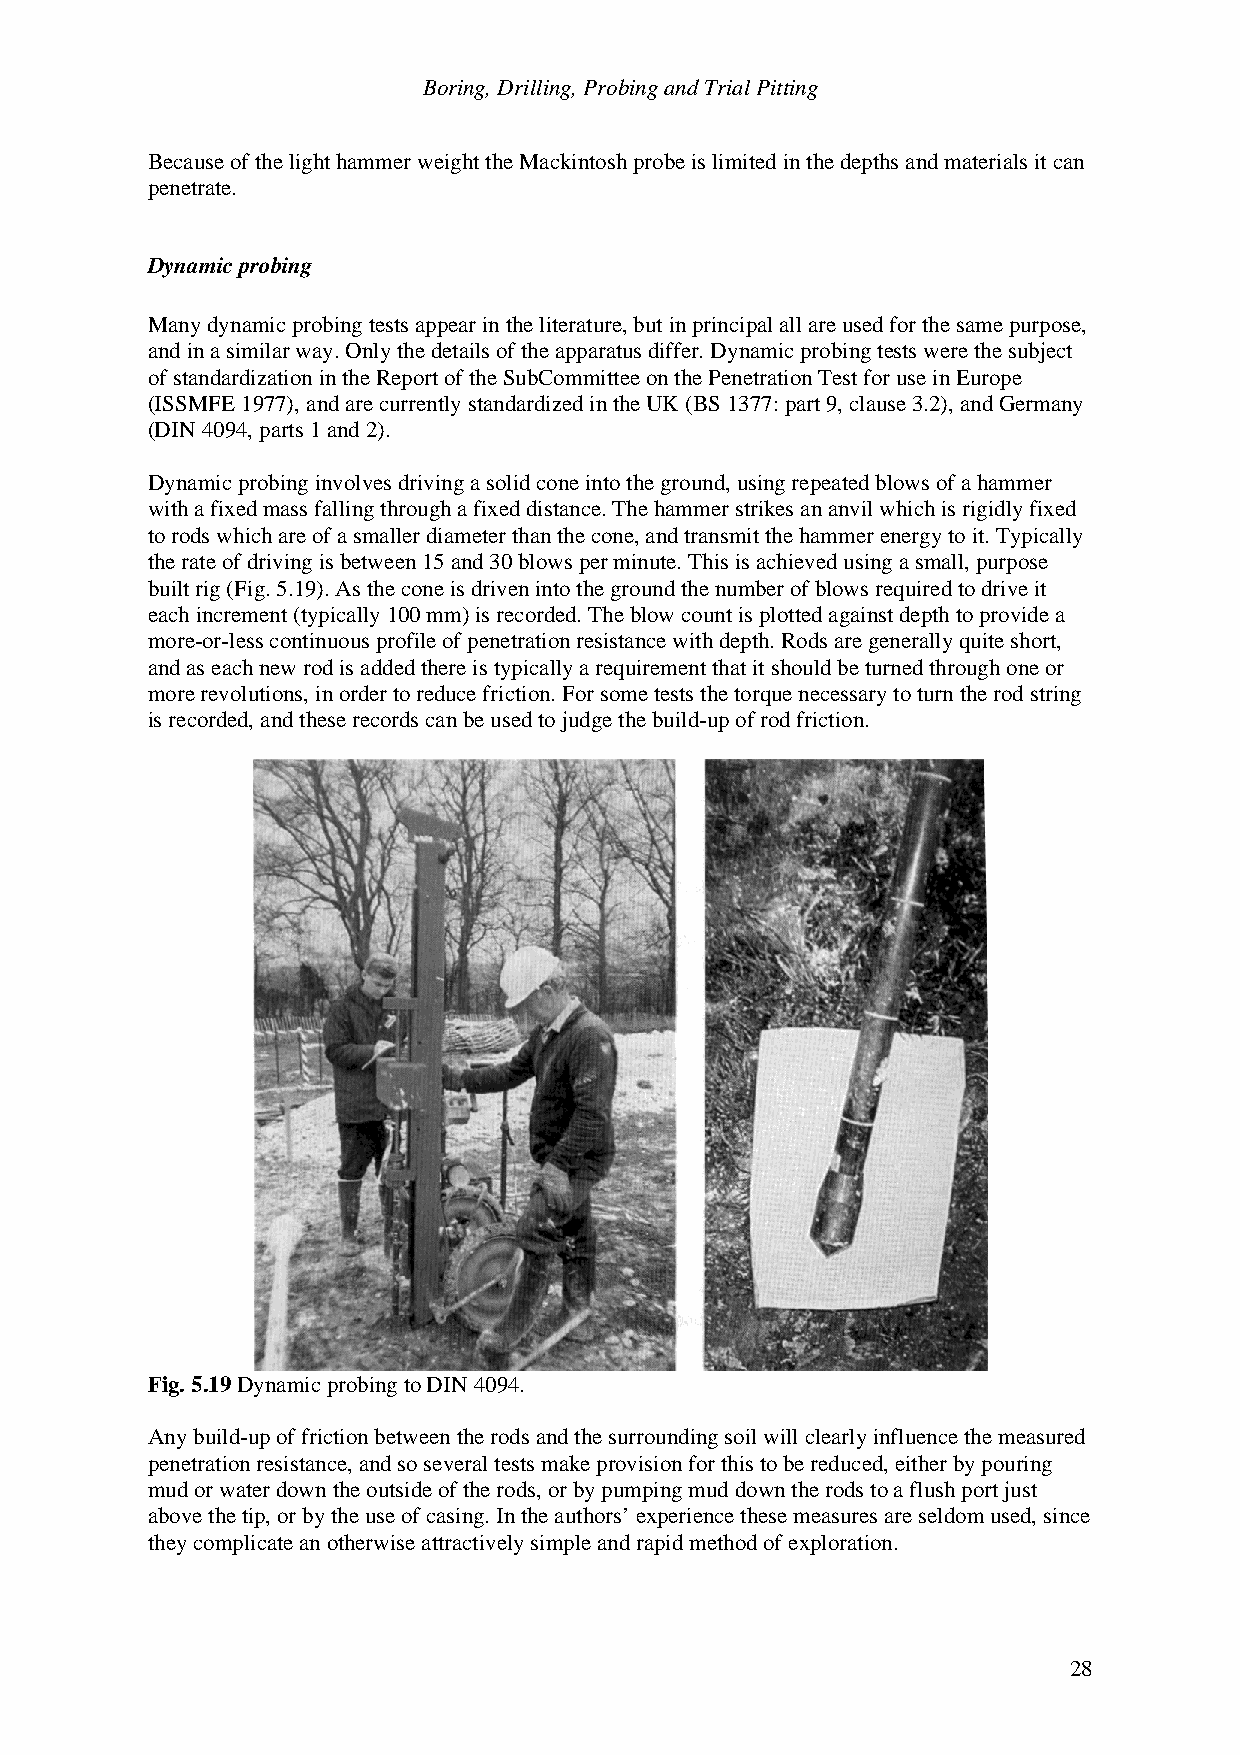
Boring, Drilling, Probing and Trial Pitting
 Because of the light hammer weight the Mackintosh probe is limited in the depths and materials it can
 penetrate.
 Dynamic probing
 Many dynamic probing tests appear in the literature, but in principal all are used for the same purpose,
 and in a similar way. Only the details of the apparatus differ. Dynamic probing tests were the subject
 of standardization in the Report of the SubCommittee on the Penetration Test for use in Europe
 (ISSMFE 1977), and are currently standardized in the UK (BS 1377: part 9, clause 3.2), and Germany
 (DIN 4094, parts 1 and 2).
 Dynamic probing involves driving a solid cone into the ground, using repeated blows of a hammer
 with a fixed mass falling through a fixed distance. The hammer strikes an anvil which is rigidly fixed
 to rods which are of a smaller diameter than the cone, and transmit the hammer energy to it. Typically
 the rate of driving is between 15 and 30 blows per minute. This is achieved using a small, purpose
 built rig (Fig. 5.19). As the cone is driven into the ground the number of blows required to drive it
 each increment (typically 100 mm) is recorded. The blow count is plotted against depth to provide a
 more-or-less continuous profile of penetration resistance with depth. Rods are generally quite short,
 and as each new rod is added there is typically a requirement that it should be turned through one or
 more revolutions, in order to reduce friction. For some tests the torque necessary to turn the rod string
 is recorded, and these records can be used to judge the build-up of rod friction.
 Fig. 5.19 Dynamic probing to DIN 4094.
 Any build-up of friction between the rods and the surrounding soil will clearly influence the measured
 penetration resistance, and so several tests make provision for this to be reduced, either by pouring
 mud or water down the outside of the rods, or by pumping mud down the rods to a flush port just
 above the tip, or by the use of casing. In the authors’ experience these measures are seldom used, since
 they complicate an otherwise attractively simple and rapid method of exploration.
 28